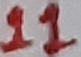
Text: 11